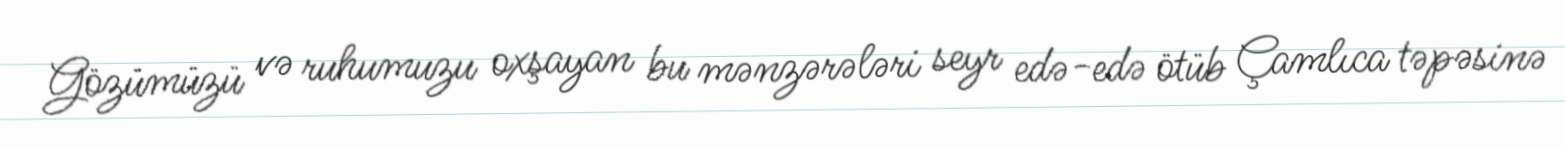
Gözümüzü və ruhumuzu oxşayan bu mənzərələri seyr edə-edə ötüb Çamlıca təpəsinə